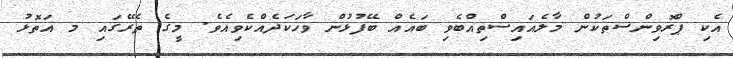
އެކި ޕްރޮވިންސްތަކުން މާލެއައިސްތިއްބެވި ބައެއް ބޭފުޅުން ވާހަކަދެއްކެވިއެވެ. މީގެ ތެރޭގައި މ އަތޮޅު